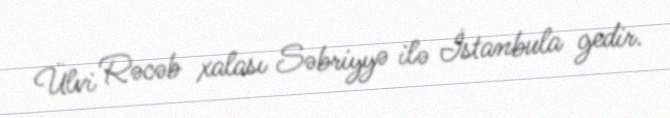
Ülvi Rəcəb xalası Səbriyyə ilə İstanbula gedir.